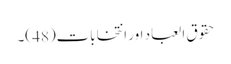
حقوق العباد اور انتخابات(48 )۔